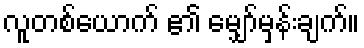
လူတစ်ယောက် ၏ မျှော်မှန်းချက်။